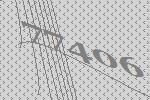
77406